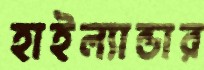
হাইল্যান্ডার